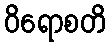
ဝိရောစတိ